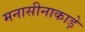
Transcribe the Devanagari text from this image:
मनासीनाकाड़े